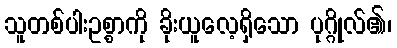
သူတစ်ပါးဥစ္စာကို ခိုးယူလေ့ရှိသော ပုဂ္ဂိုလ်၏၊